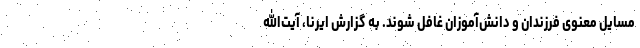
مسایل معنوی فرزندان و دانش‌آموزان غافل شوند. به گزارش ایرنا، آیت‌الله